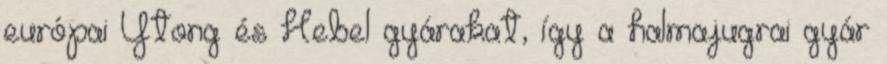
európai Ytong és Hebel gyárakat, így a halmajugrai gyár